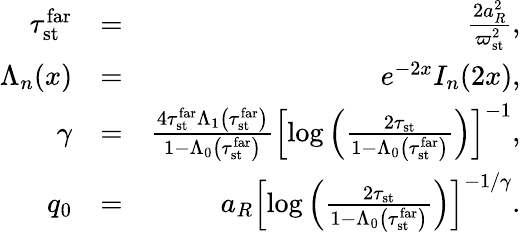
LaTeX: \begin{array}{rlr}{\tau_{\mathrm{st}}^{\mathrm{far}}}&{=}&{\frac{2a_{R}^{2}}{\varpi_{\mathrm{st}}^{2}},}\\ {\Lambda_{n}(x)}&{=}&{e^{-2x}I_{n}(2x),}\\ {\gamma}&{=}&{\frac{4\tau_{\mathrm{st}}^{\mathrm{far}}\Lambda_{1}\left(\tau_{\mathrm{st}}^{\mathrm{far}}\right)}{1-\Lambda_{0}\left(\tau_{\mathrm{st}}^{\mathrm{far}}\right)}\left[\log\left(\frac{2\tau_{\mathrm{st}}}{1-\Lambda_{0}\left(\tau_{\mathrm{st}}^{\mathrm{far}}\right)}\right)\right]^{-1},}\\ {q_{0}}&{=}&{a_{R}\left[\log\left(\frac{2\tau_{\mathrm{st}}}{1-\Lambda_{0}\left(\tau_{\mathrm{st}}^{\mathrm{far}}\right)}\right)\right]^{-1/\gamma}.}\end{array}